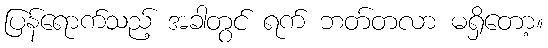
ပြန်ရောက်သည့် အခါတွင် ရက် ဘတ်တလာ မရှိတော့။